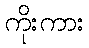
ကိုးကား